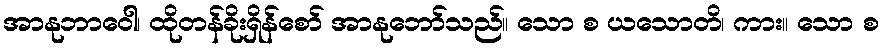
အာနုဘာဝေါ၊ ထိုတန်ခိုးရှိန်စော် အာနုဘော်သည်။ သော စ ယသောတိ၊ ကား။ သော စ